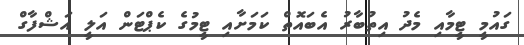
ގައުމީ ޓީމާއި މެދު އިތުބާރު އެބައޮތް ކަމަށާއި ޓީމުގެ ކެޕްޓަން އަލީ އަޝްފާގް